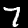
Label: 7